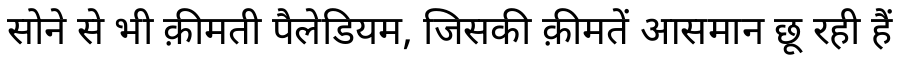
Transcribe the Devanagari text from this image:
सोने से भी क़ीमती पैलेडियम, जिसकी क़ीमतें आसमान छू रही हैं